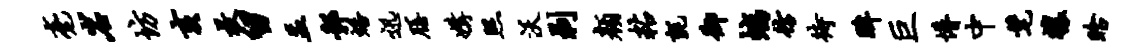
毫岩坊亥枚留盂鄣蟠迅膳媾照沃剥颜粘毡御螭彷待眸巨懵中髦禳眙